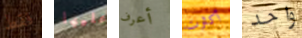
فقط عليها أعرف أكثرت واحد